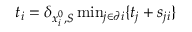
\begin{array} { r } { t _ { i } = \delta _ { x _ { i } ^ { 0 } , S } \operatorname* { m i n } _ { j \in \partial i } \{ t _ { j } + s _ { j i } \} } \end{array}